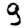
Digit: 9